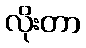
လိုးတာ